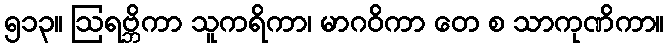
၅၁၃။ ဩရဗ္ဘိကာ သူကရိကာ၊ မာဂဝိကာ တေ စ သာကုဏိကာ။